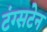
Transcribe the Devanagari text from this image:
टंग्सटेन